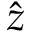
\hat { \boldsymbol { z } }